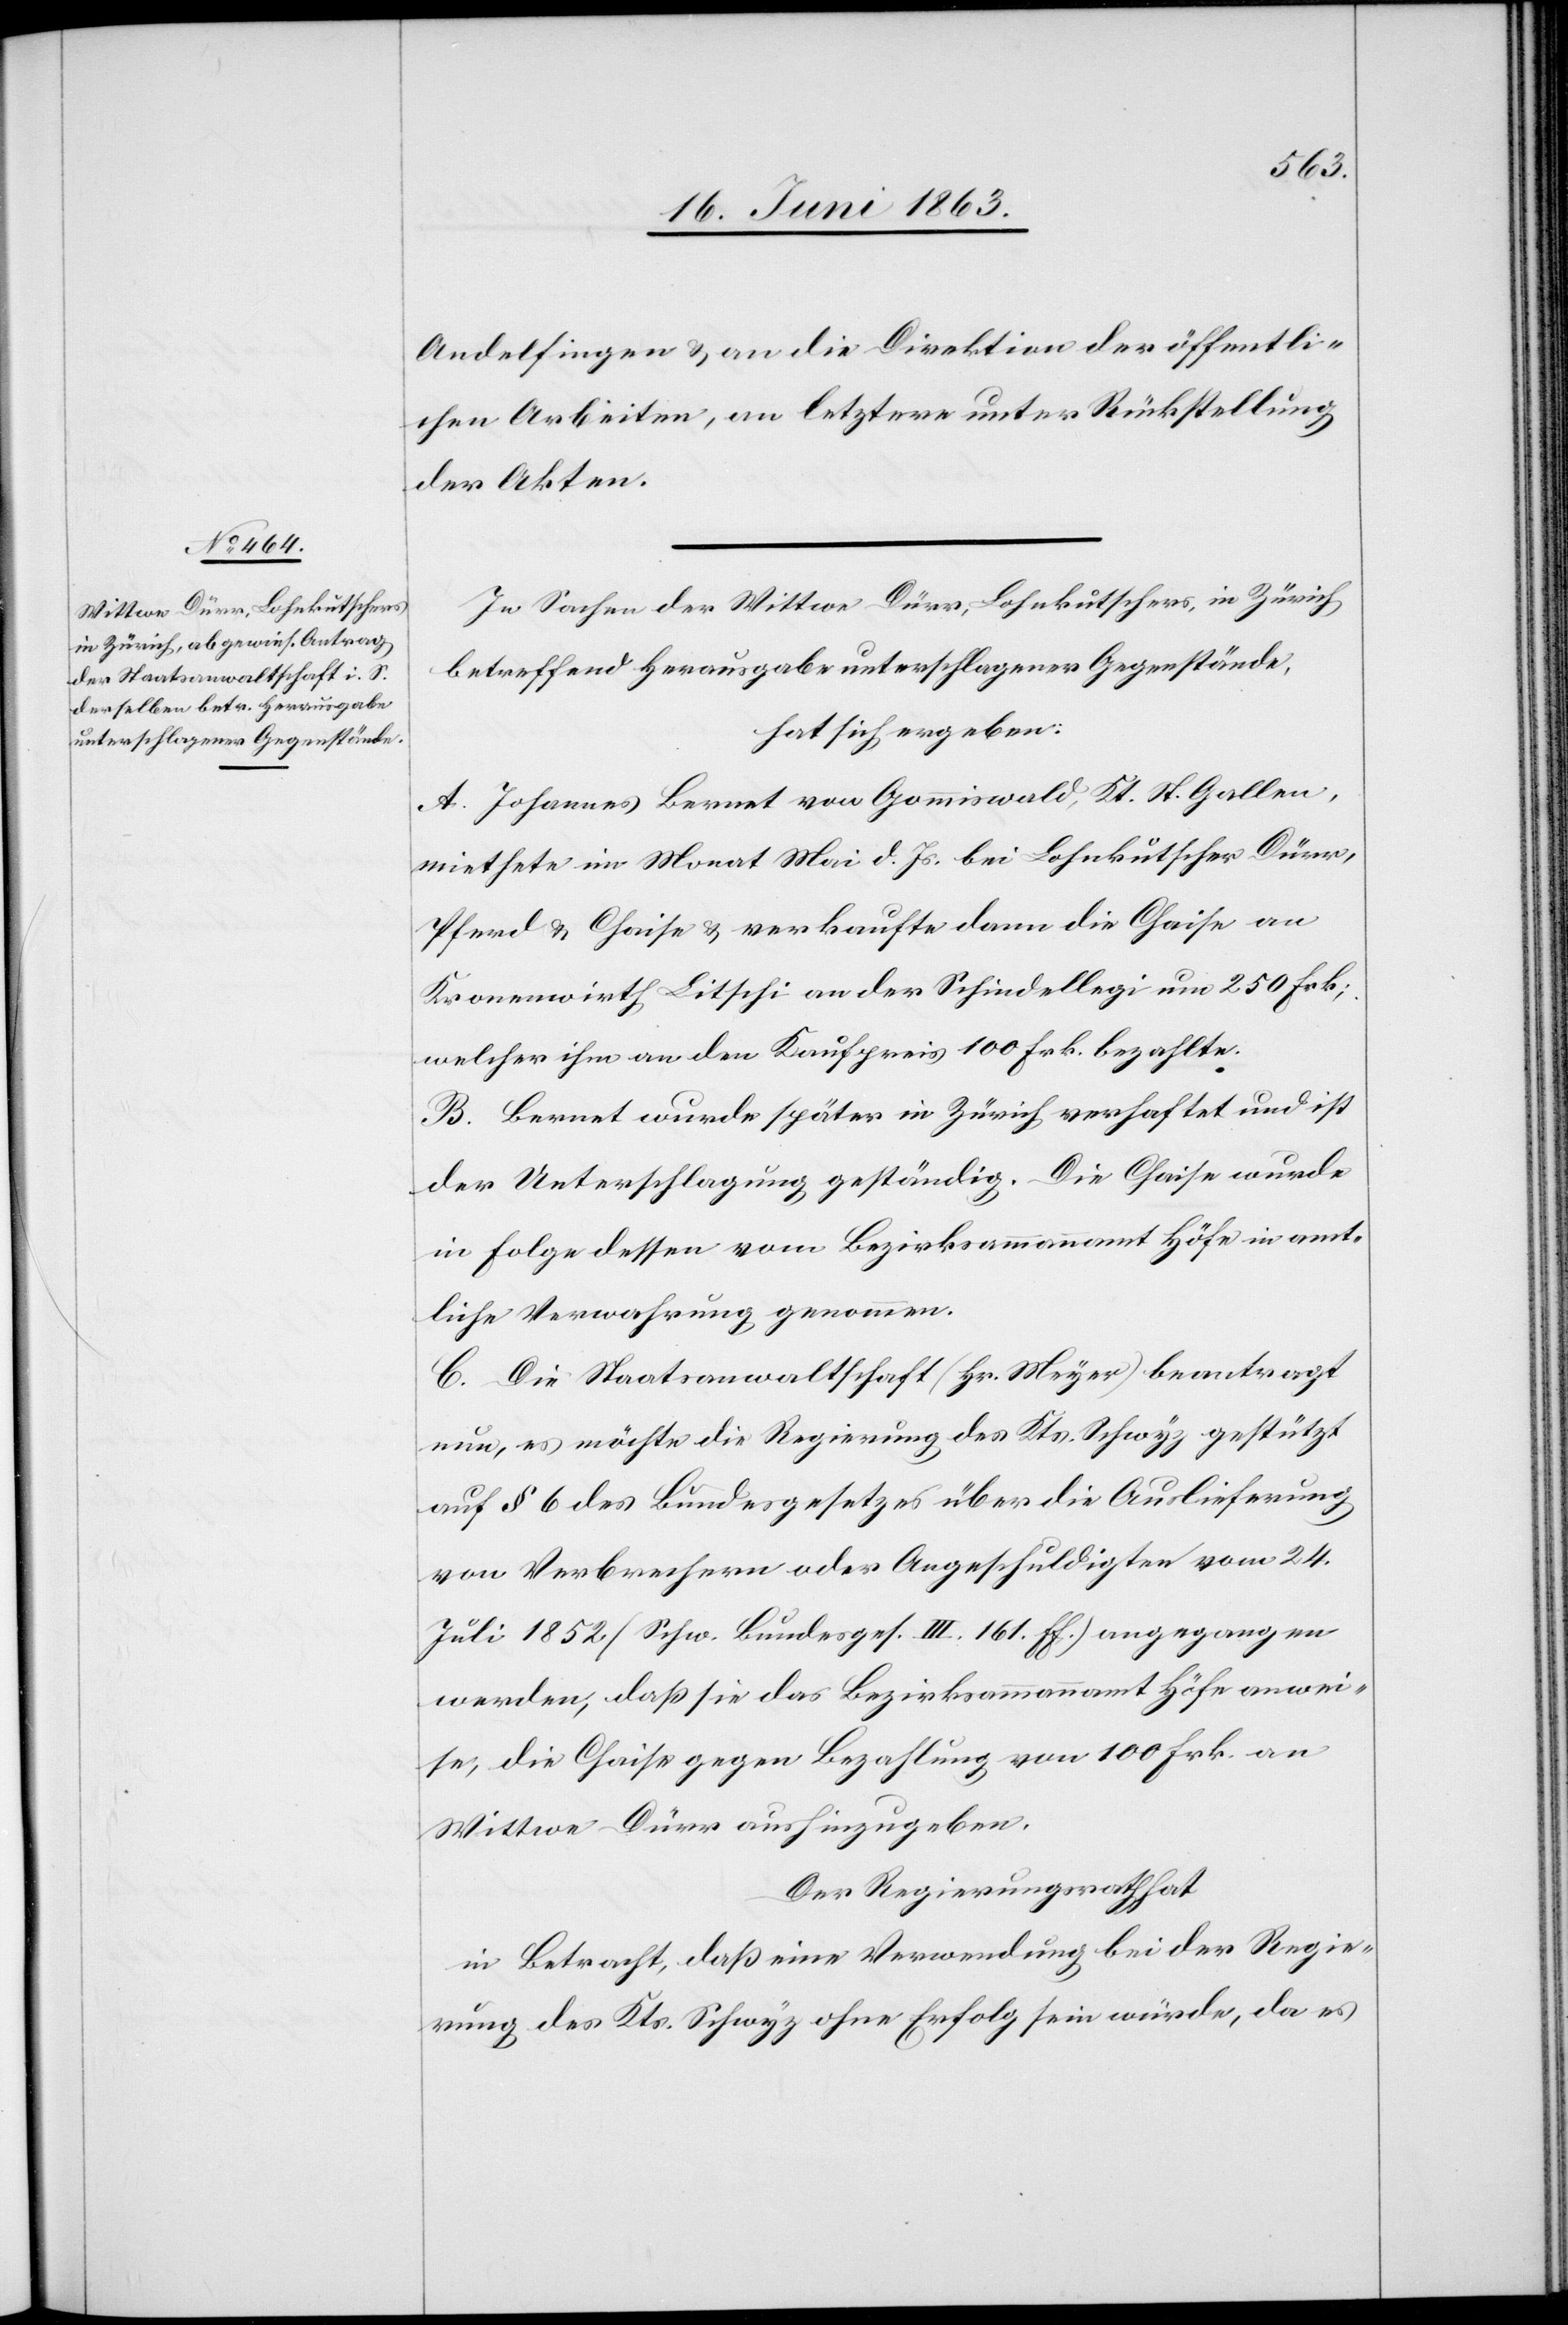
Andelfingen & an die Direktion der öffentli¬
chen Arbeiten, an letztere unter Rückstellung
der Akten.
In Sachen der Wittwe Dürr, Lohnkutschers, in Zürich
betreffend Herausgabe unterschlagener Gegenstände,
hat sich ergeben:
A. Johannes Bernet von Gommiswald, Kt. St. Gallen,
miethete im Monat Mai d. Js. bei Lohnkutscher Dürr,
Pferd & Chaise & verkaufte dann die Chaise an
Kronenwirth Litschi an der Schindellegi um 250 Frk.,
welcher ihm an den Kaufpreis 100 Frk. bezahlte.
B. Bernet wurde später in Zürich verhaftet und ist
der Unterschlagung geständig. Die Chaise wurde
in Folge dessen vom Bezirksammannamt Höfe in amt¬
liche Verwahrung genommen.
C. Die Staatsanwaltschaft (Hr. Meyer) beantragt
nun, es möchte die Regierung des Kts. Schwyz gestützt
auf § 6 des Bundesgesetzes über die Auslieferung
von Verbrechern oder Angeschuldigten vom 24.
Juli 1852 (Schw. Bundesges. III. 161. ff.) angegangen
werden, daß sie das Bezirksammannamt Höfe anwei¬
se, die Chaise gegen Bezahlung von 100 Frk. an
Wittwe Dürr aushinzugeben.
Der Regierungsrath hat
in Betracht, daß eine Verwendung bei der Regie¬
rung des Kts. Schwyz ohne Erfolg sein würde, da es